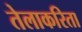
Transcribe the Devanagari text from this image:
तेलाकरिता